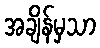
အချိန်မှသာ